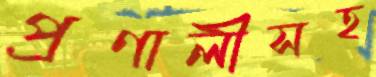
প্রণালীসহ